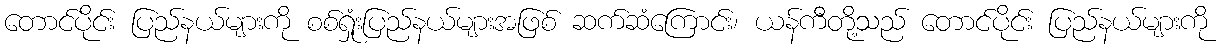
တောင်ပိုင်း ပြည်နယ်များကို စစ်ရှုံးပြည်နယ်များအဖြစ် ဆက်ဆံကြောင်း၊ ယန်ကီတို့သည် တောင်ပိုင်း ပြည်နယ်များကို